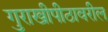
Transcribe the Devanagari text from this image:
गुराखीपीठावरील